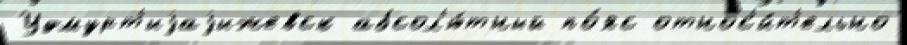
Удмурт'иjаjижевск абсол'ю́тный по́яс относ'и́т'ельно